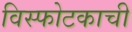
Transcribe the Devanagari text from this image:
विस्फोटकाची